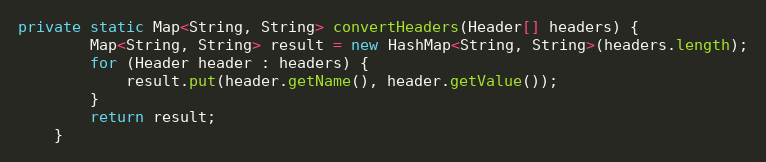
Language: Java
private static Map<String, String> convertHeaders(Header[] headers) {
        Map<String, String> result = new HashMap<String, String>(headers.length);
		for (Header header : headers) {
			result.put(header.getName(), header.getValue());
		}
        return result;
    }